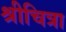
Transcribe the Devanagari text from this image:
श्रीचित्रा